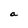
Character: a